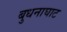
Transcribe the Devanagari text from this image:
बुधनाघाट